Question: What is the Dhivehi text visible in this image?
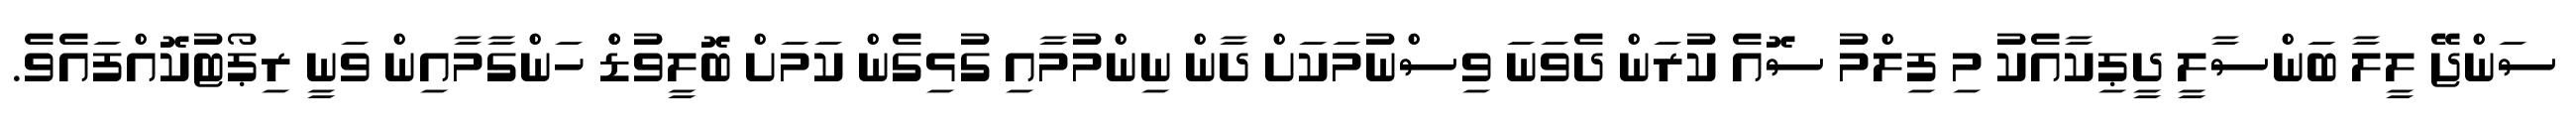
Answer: ސަންޖޭ ލީލާ ބަންސާލީ ދީޕިކާއެކު މި ފިލްމު ސޮއެ ކުރަން ދެވަނަ ވިސްނުމަކަށް ދާން ނިންމުމާއި ގުޅިގެން ކަމަށް ބޮލީވުޑްް ހަންގާމާއިން ވަނީ ރިޕޯޓުކޮއްފައެވެ.